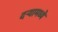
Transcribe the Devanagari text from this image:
दऱ्यामध्ये